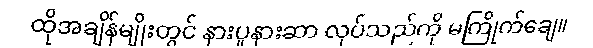
ထိုအချိန်မျိုးတွင် နားပူနားဆာ လုပ်သည်ကို မကြိုက်ချေ။